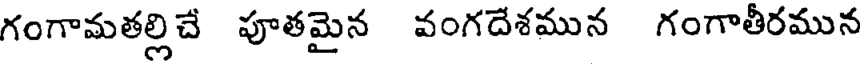
గంగామతల్లిచే పూతమైన వంగదేశమున గంగాతీరమున